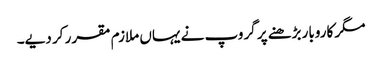
مگر کاروبار بڑھنے پر گروپ نے یہاں ملازم مقرر کر دیے۔